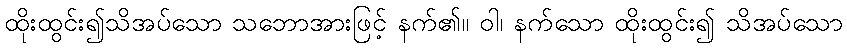
ထိုးထွင်း၍သိအပ်သော သဘောအားဖြင့် နက်၏။ ဝါ၊ နက်သော ထိုးထွင်း၍ သိအပ်သော